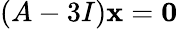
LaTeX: \left(A-3I\right)\mathbf{x}=\mathbf{0}